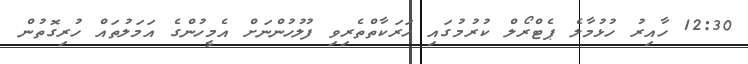
12:30 ހާއިރު ހުޅުމާލެ ޕެޓްރޯލް ކުރުމުގައި ހަރަކާތްތެރިވި ފުލުހުންނަށް އެމީހުންގެ އަމަލުތައް ހުރިގޮތުން